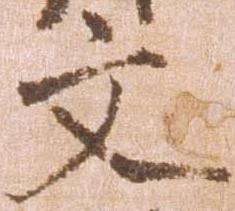
文